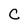
Character: C